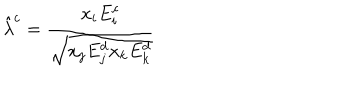
\hat { \lambda } ^ { c } = \frac { x _ { i } E _ { i } ^ { c } } { \sqrt { x _ { j } E _ { j } ^ { d } x _ { k } E _ { k } ^ { d } } }